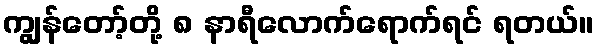
ကျွန်တော့်တို့ ၈ နာရီလောက်ရောက်ရင် ရတယ်။